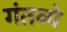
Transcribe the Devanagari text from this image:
गंतव्ये